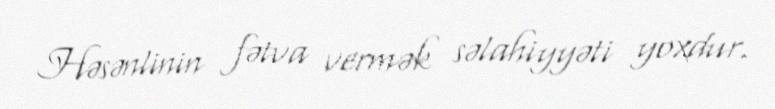
Həsənlinin fətva vermək səlahiyyəti yoxdur.